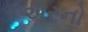
એરનો